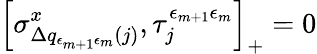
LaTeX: \left[\sigma_{\Delta q_{\epsilon_{m+1}\epsilon_{m}}(j)}^{x},\tau_{j}^{\epsilon_{m+1}\epsilon_{m}}\right]_{+}=0